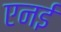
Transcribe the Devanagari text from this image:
एनई